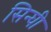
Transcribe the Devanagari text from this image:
सिन्घी